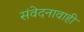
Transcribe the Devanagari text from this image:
संवेदनावाही